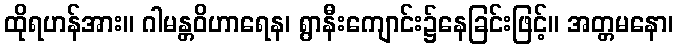
ထိုရဟန်အား။ ဂါမန္တဝိဟာရေန၊ ရွာနီးကျောင်း၌နေခြင်းဖြင့်။ အတ္တမနော၊